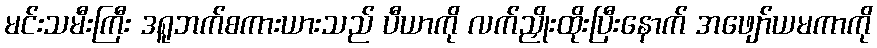
မင်းသမီးကြီး ဒရူဘက်စကားယားသည် ပီယာကို လက်ညှိုးထိုးပြီးနောက် အဖျော်ယမကာကို